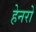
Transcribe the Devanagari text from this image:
हेनरो